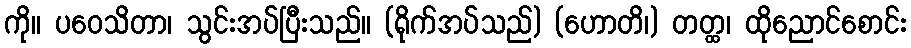
ကို။ ပဝေသိတာ၊ သွင်းအပ်ပြီးသည်။ (ရိုက်အပ်သည်) (ဟောတိ၊) တတ္ထ၊ ထိုညောင်စောင်း